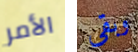
الأمر وبقي